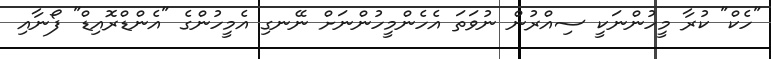
"ހެކް" ކުރާ މީހުންނަކީ ސިއްރުން ނުވަތަ އެހެންމީހުންނަށް ނޭނގި އެމީހުންގެ "އެންޑްރޮއިޑް" ފޯނާއި